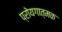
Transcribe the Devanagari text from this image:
प्रोयगात्मक